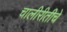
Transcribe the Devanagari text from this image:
चालीरीतीचे